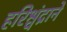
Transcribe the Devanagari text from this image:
हरिश्चंद्राने